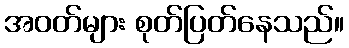
အဝတ်များ စုတ်ပြတ်နေသည်။